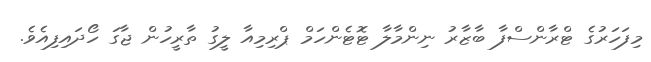
މިފަހަރުގެ ޓްރާންސްފާ ބާޒާރު ނިންމާލާ ޓޮޓެންހަމް ޕްރިމިއާ ލީގު ތާރީހުން ޖާގަ ހޯދައިފިއެވެ.